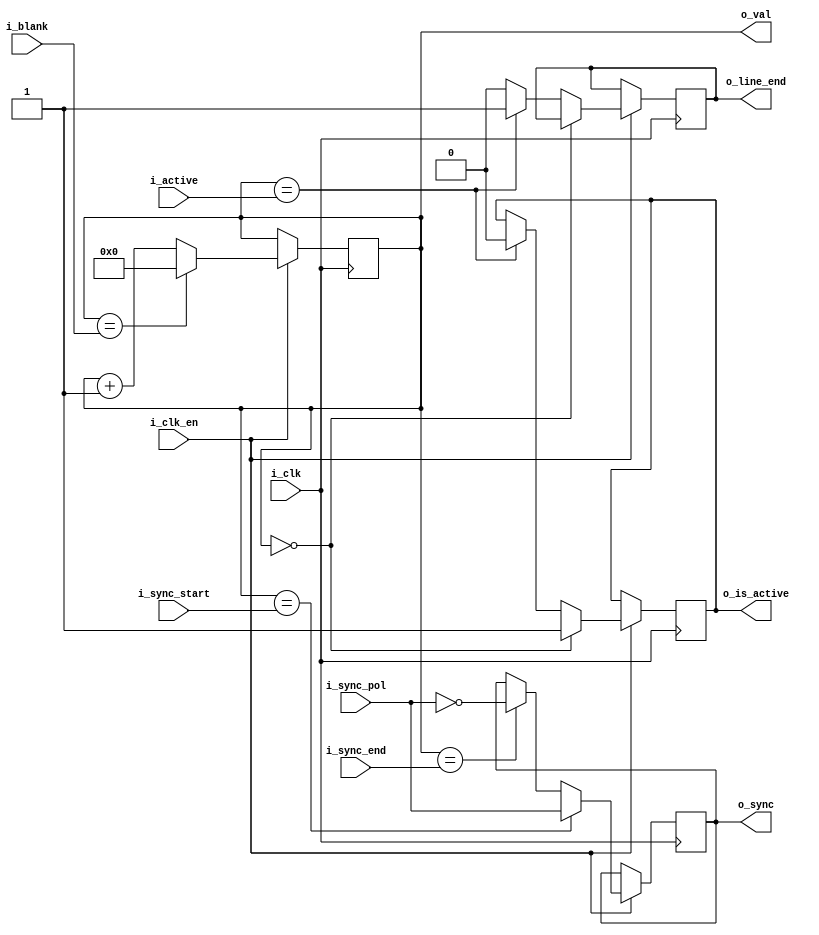
module sync_gen
(
	input		wire			i_clk,
	input		wire			i_clk_en,
	// parameters
	input		wire[11:0]	i_active,
	input		wire[11:0]	i_sync_start,
	input		wire[11:0]	i_sync_end,
	input		wire[11:0]	i_blank,
	input		wire			i_sync_pol,
	//
	output	wire[11:0]	o_val,
	output	wire			o_sync,
	output	wire			o_line_end,
	output	wire			o_is_active
);

	reg[11:0]	r_cnt;
	reg			r_line_end;
	reg			r_is_active;

	always @(posedge i_clk)
	begin
		if (i_clk_en == 1'b1)
		begin
			if (r_cnt == i_blank)
			begin
				r_cnt <= 0;
			end
				else
			begin
				r_cnt <= r_cnt + 1'b1;
			end
		end
	end

	always @(posedge i_clk)
	begin
		if (i_clk_en == 1'b1)
		begin
			if (r_cnt == i_sync_start)
				o_sync <= i_sync_pol;
			else if (r_cnt == i_sync_end)
				o_sync <= ~i_sync_pol;
		end
	end

	always @(posedge i_clk)
	begin
		if (i_clk_en == 1'b1)
		begin
			if (r_cnt == 0)
				r_is_active <= 1'b1;
			else if (r_cnt == i_active)
			begin
				r_line_end <= 1'b1;
				r_is_active <= 1'b0;
			end
			else
				r_line_end <= 1'b0;
		end
	end
	
	assign o_line_end = r_line_end;
	assign o_is_active = r_is_active;
	assign o_val = r_cnt;

endmodule